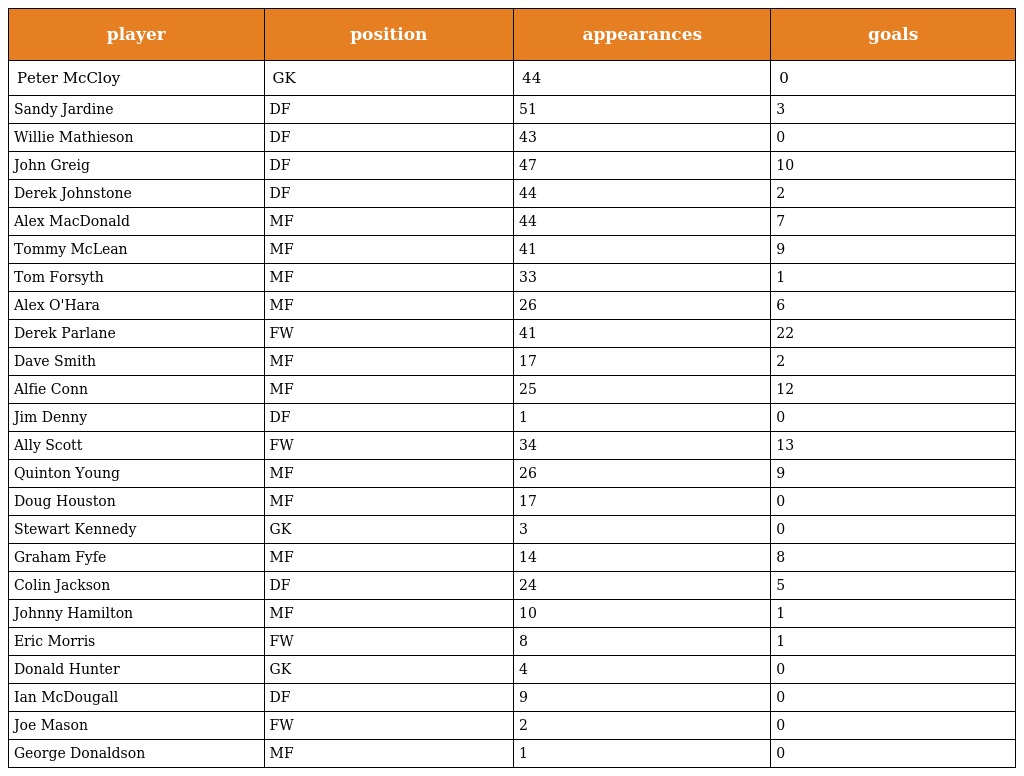
| player | position | appearances | goals |
 | --- | --- | --- | --- |
 | Peter McCloy | GK | 44 | 0 |
 | Sandy Jardine | DF | 51 | 3 |
 | Willie Mathieson | DF | 43 | 0 |
 | John Greig | DF | 47 | 10 |
 | Derek Johnstone | DF | 44 | 2 |
 | Alex MacDonald | MF | 44 | 7 |
 | Tommy McLean | MF | 41 | 9 |
 | Tom Forsyth | MF | 33 | 1 |
 | Alex O'Hara | MF | 26 | 6 |
 | Derek Parlane | FW | 41 | 22 |
 | Dave Smith | MF | 17 | 2 |
 | Alfie Conn | MF | 25 | 12 |
 | Jim Denny | DF | 1 | 0 |
 | Ally Scott | FW | 34 | 13 |
 | Quinton Young | MF | 26 | 9 |
 | Doug Houston | MF | 17 | 0 |
 | Stewart Kennedy | GK | 3 | 0 |
 | Graham Fyfe | MF | 14 | 8 |
 | Colin Jackson | DF | 24 | 5 |
 | Johnny Hamilton | MF | 10 | 1 |
 | Eric Morris | FW | 8 | 1 |
 | Donald Hunter | GK | 4 | 0 |
 | Ian McDougall | DF | 9 | 0 |
 | Joe Mason | FW | 2 | 0 |
 | George Donaldson | MF | 1 | 0 |